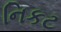
નિકટ